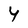
Character: Y